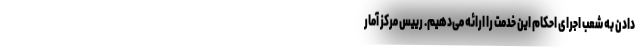
دادن به شعب اجرای احکام این خدمت را ارائه می‌دهیم. رییس مرکز آمار